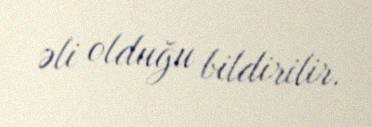
əli olduğu bildirilir.